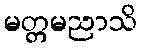
မတ္တမညာသိ